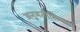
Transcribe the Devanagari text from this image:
अनुमतीशिवाय